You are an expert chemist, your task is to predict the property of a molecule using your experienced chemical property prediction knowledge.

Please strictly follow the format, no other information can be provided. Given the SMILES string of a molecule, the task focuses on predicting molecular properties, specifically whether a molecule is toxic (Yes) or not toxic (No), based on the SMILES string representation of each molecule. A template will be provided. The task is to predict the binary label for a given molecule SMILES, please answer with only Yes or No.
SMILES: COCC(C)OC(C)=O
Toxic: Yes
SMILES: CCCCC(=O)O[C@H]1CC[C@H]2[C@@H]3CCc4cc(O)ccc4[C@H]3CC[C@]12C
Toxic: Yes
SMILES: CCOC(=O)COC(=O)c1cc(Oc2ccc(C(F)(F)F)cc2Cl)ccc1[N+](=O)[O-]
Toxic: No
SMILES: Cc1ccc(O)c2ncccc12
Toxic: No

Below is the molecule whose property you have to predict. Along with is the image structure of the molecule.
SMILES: CCNc1nc(N)nc(Cl)n1
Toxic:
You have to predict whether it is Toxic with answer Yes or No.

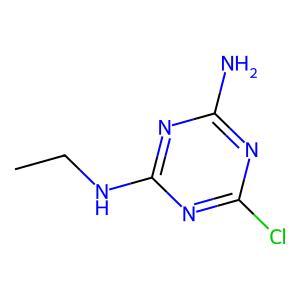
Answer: No